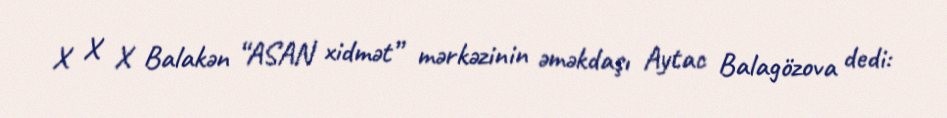
X X X Balakən “ASAN xidmət” mərkəzinin əməkdaşı Aytac Balagözova dedi: